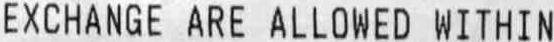
EXCHANGE ARE ALLOWED WITHIN